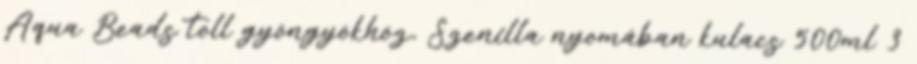
Aqua Beads toll gyöngyökhöz, Szenilla nyomában kulacs 500ml 3